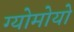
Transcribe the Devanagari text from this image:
ग्योमोयो